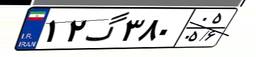
۱۲گ۳۸۰۰۵